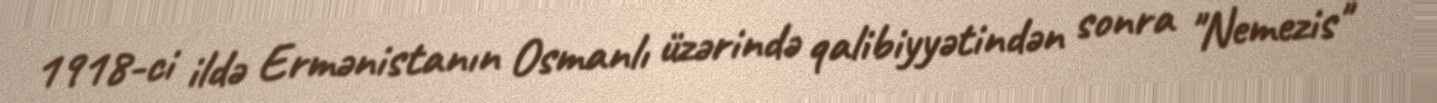
1918-ci ildə Ermənistanın Osmanlı üzərində qalibiyyətindən sonra "Nemezis"